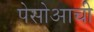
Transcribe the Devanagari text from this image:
पेसोआची